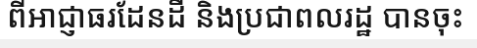
ពីអាជ្ញាធរដែនដី និងប្រជាពលរដ្ឋ បានចុះ